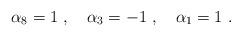
LaTeX: \begin{align*}\alpha_8 = 1 \ , \ \ \ \alpha_3 = -1 \ , \ \ \ \alpha_1 = 1 \ .\end{align*}